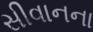
સીવાનના